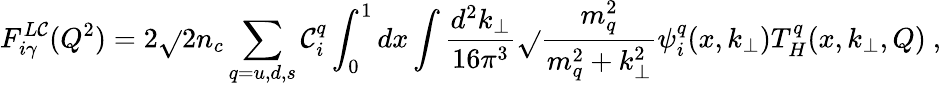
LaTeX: F_{i\gamma}^{L\mathcal{C}}(Q^{2})=2\sqrt{}{{2n_{c}}}\sum_{q=u,d,s}\mathcal{C}_{i}^{q}\int_{0}^{1}dx\int\frac{{d^{2}k_{\perp}}}{{16\pi^{3}}}\sqrt{}{{\frac{{m_{q}^{2}}}{{m_{q}^{2}+k_{\perp}^{2}}}}}\psi_{i}^{q}(x,k_{\perp})T_{H}^{q}(x,k_{\perp},Q)\ ,